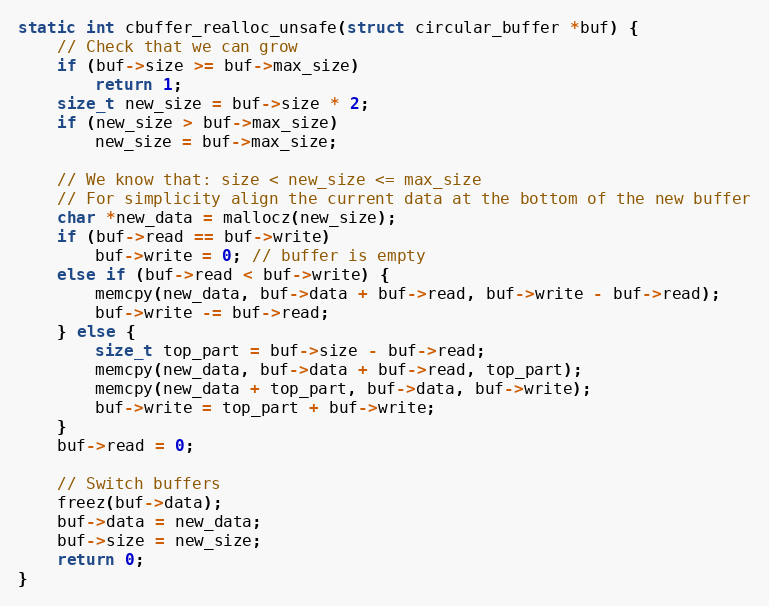
Language: C
static int cbuffer_realloc_unsafe(struct circular_buffer *buf) {
    // Check that we can grow
    if (buf->size >= buf->max_size)
        return 1;
    size_t new_size = buf->size * 2;
    if (new_size > buf->max_size)
        new_size = buf->max_size;

    // We know that: size < new_size <= max_size
    // For simplicity align the current data at the bottom of the new buffer
    char *new_data = mallocz(new_size);
    if (buf->read == buf->write)
        buf->write = 0; // buffer is empty
    else if (buf->read < buf->write) {
        memcpy(new_data, buf->data + buf->read, buf->write - buf->read);
        buf->write -= buf->read;
    } else {
        size_t top_part = buf->size - buf->read;
        memcpy(new_data, buf->data + buf->read, top_part);
        memcpy(new_data + top_part, buf->data, buf->write);
        buf->write = top_part + buf->write;
    }
    buf->read = 0;

    // Switch buffers
    freez(buf->data);
    buf->data = new_data;
    buf->size = new_size;
    return 0;
}